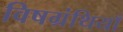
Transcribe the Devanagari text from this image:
विषग्रंथियाँ